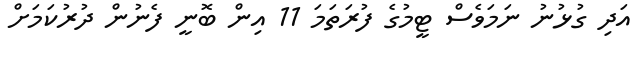
އަދި ގުޅުނު ނަމަވެސް ޓީމުގެ ފުރަތަމަ 11 އިން ބޮނީ ފެނުން ދުރުކަމަށް